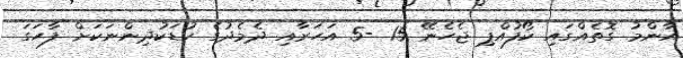
އާންމު ގޮތެއްގައި ކޯފުއްޕި ޖެހެނޭ 15 -5 އަހަރާއި ދެމެދުގެ ކުޑަކުދިންނަކަށް ފާހަގަ